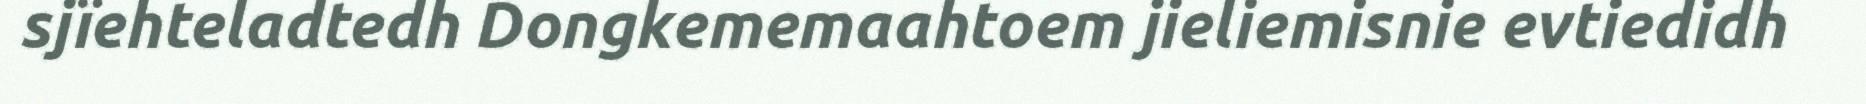
sjïehteladtedh Dongkememaahtoem jieliemisnie evtiedidh